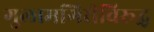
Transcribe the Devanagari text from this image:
गुलामगिरीविरूद्ध